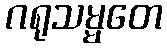
ဂရုသမ္မတေ